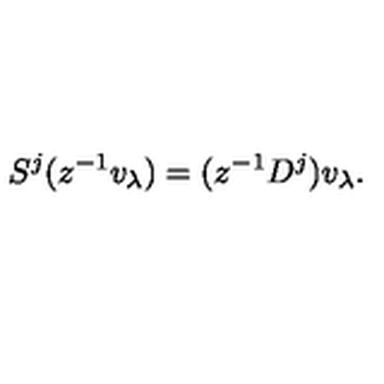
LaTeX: S ^ { j } ( z ^ { - 1 } v _ { \lambda } ) = ( z ^ { - 1 } D ^ { j } ) v _ { \lambda } .